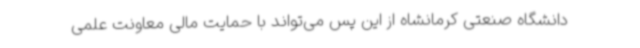
دانشگاه صنعتی کرمانشاه از این پس می‌تواند با حمایت مالی معاونت علمی